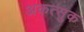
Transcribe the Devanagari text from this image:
अकत्सुक